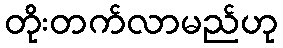
တိုးတက်လာမည်ဟု